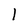
Character: 1